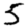
Digit: 5